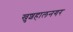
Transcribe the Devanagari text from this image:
खुशहालनगर